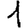
Digit: 1